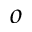
o